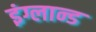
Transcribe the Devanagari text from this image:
इंग्लान्ड